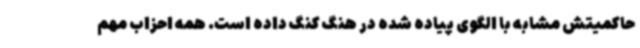
حاکمیتش مشابه با الگوی پیاده شده در هنگ کنگ داده است. همه احزاب مهم